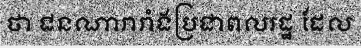
ថា ជនណារារាំងប្រជាពលរដ្ឋ ដែល